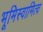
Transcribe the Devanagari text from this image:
भूमिस्वामित्व